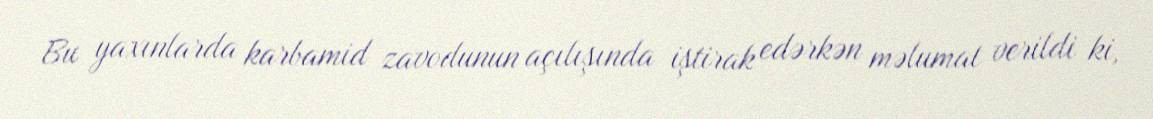
Bu yaxınlarda karbamid zavodunun açılışında iştirak edərkən məlumat verildi ki,